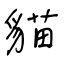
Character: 貓